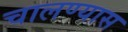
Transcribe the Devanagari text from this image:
चालण्यास